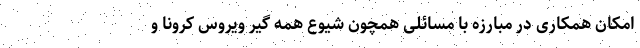
امکان همکاری در مبارزه با مسائلی همچون شیوع همه گیر ویروس کرونا و